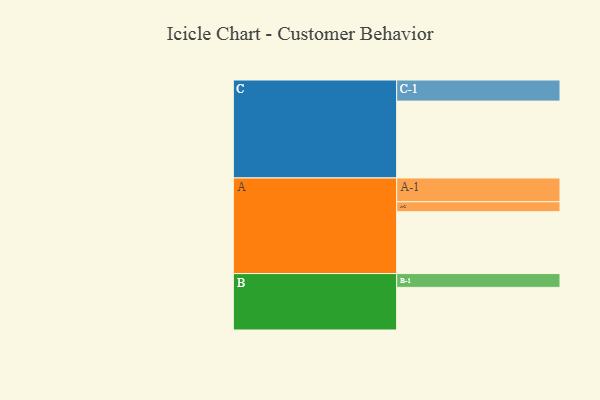
{"axis": {"x": "Segment", "y": "Value"}, "legend": ["", "A", "B", "C"], "data": [{"x": "A", "y": 466, "type": ""}, {"x": "B", "y": 321, "type": ""}, {"x": "C", "y": 579, "type": ""}, {"x": "A-1", "y": 179, "type": "A"}, {"x": "A-2", "y": 75, "type": "A"}, {"x": "B-1", "y": 104, "type": "B"}, {"x": "C-1", "y": 159, "type": "C"}]}